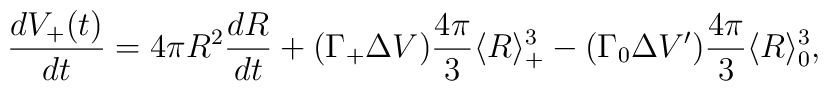
\frac{dV_+(t)}{dt}=4  \pi R^2 \frac{dR}{dt}+(\Gamma_+ \Delta V) \frac{4 \pi}{3} \langle R \rangle_+^3 -(\Gamma_0 \Delta V') \frac{4 \pi}{3} \langle R \rangle_0^3,